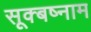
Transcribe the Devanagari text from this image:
सूक्बष्नाम